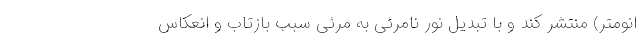
انومتر) منتشر کند و با تبدیل نور نامرئی به مرئی سبب بازتاب و انعکاس